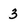
Character: 3